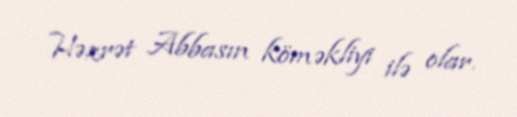
Həzrət Abbasın köməkliyi ilə olar.